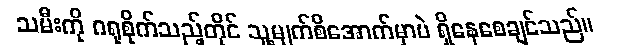
သမီးကို ဂရုစိုက်သည့်တိုင် သူ့မျက်စိအောက်မှာပဲ ရှိနေစေချင်သည်။